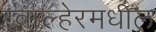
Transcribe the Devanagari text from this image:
ग्वाल्हेरमधील